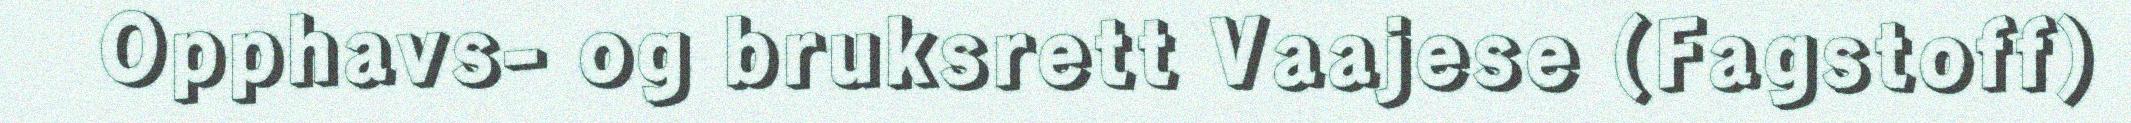
Opphavs- og bruksrett Vaajese (Fagstoff)